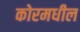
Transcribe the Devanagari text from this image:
कोरमधील